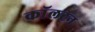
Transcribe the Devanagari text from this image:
काॅलटन